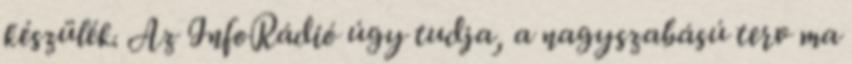
készülék. Az InfoRádió úgy tudja, a nagyszabású terv ma